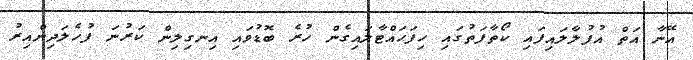
އޭނާ އަތް އުފުލާލައިފައި ކޯތާފަތުގައި ހިފަހައްޓާލައިގެން ހުރެ ބޮޑުވައި އިނގިލިން ކަރުނަ ފުހެލަދިންއިރު